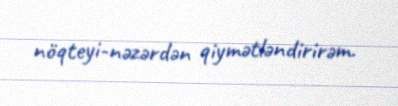
nöqteyi-nəzərdən qiymətləndirirəm.